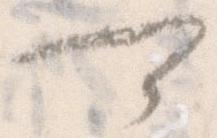
可